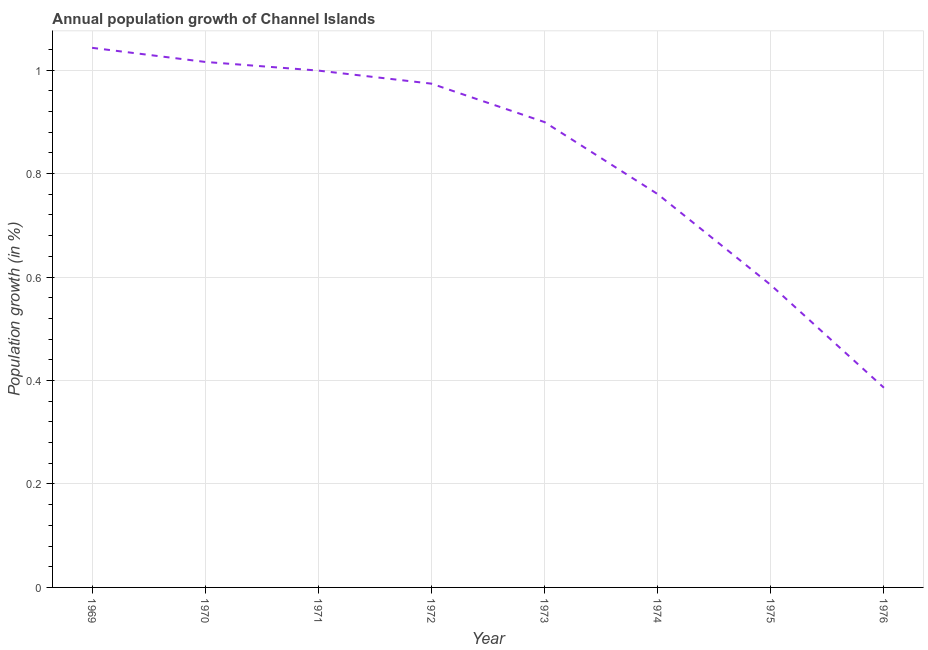
| Year | Population growth |
 | --- | --- |
 | 1969 | 1.04 |
 | 1970 | 1.02 |
 | 1971 | 0.999 |
 | 1972 | 0.974 |
 | 1973 | 0.9 |
 | 1974 | 0.76 |
 | 1975 | 0.585 |
 | 1976 | 0.386 |